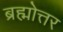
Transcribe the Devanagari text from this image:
ब्रह्मोत्तर